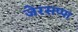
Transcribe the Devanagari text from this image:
जेरसप्पा